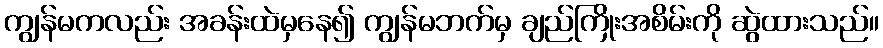
ကျွန်မကလည်း အခန်းထဲမှနေ၍ ကျွန်မဘက်မှ ချည်ကြိုးအစိမ်းကို ဆွဲထားသည်။